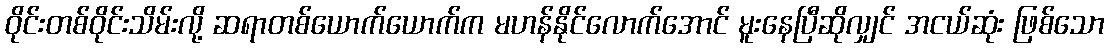
ဝိုင်းတစ်ဝိုင်းသိမ်းလို့ ဆရာတစ်ယောက်ယောက်က မဟန်နိုင်လောက်အောင် မူးနေပြီဆိုလျှင် အငယ်ဆုံး ဖြစ်သော